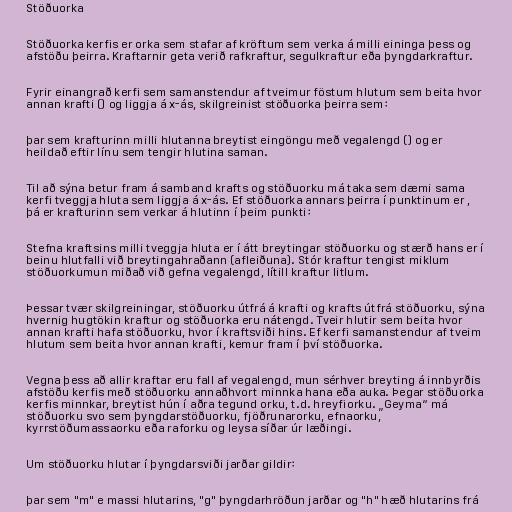
Stöðuorka

Stöðuorka kerfis er orka sem stafar af kröftum sem verka á milli eininga þess og
afstöðu þeirra. Kraftarnir geta verið rafkraftur, segulkraftur eða þyngdarkraftur.

Fyrir einangrað kerfi sem samanstendur af tveimur föstum hlutum sem beita hvor
annan krafti () og liggja á x-ás, skilgreinist stöðuorka þeirra sem:

þar sem krafturinn milli hlutanna breytist eingöngu með vegalengd () og er
heildað eftir línu sem tengir hlutina saman.

Til að sýna betur fram á samband krafts og stöðuorku má taka sem dæmi sama
kerfi tveggja hluta sem liggja á x-ás. Ef stöðuorka annars þeirra í punktinum er ,
þá er krafturinn sem verkar á hlutinn í þeim punkti:

Stefna kraftsins milli tveggja hluta er í átt breytingar stöðuorku og stærð hans er í
beinu hlutfalli við breytingahraðann (afleiðuna). Stór kraftur tengist miklum
stöðuorkumun miðað við gefna vegalengd, lítill kraftur litlum.

Þessar tvær skilgreiningar, stöðuorku útfrá á krafti og krafts útfrá stöðuorku, sýna
hvernig hugtökin kraftur og stöðuorka eru nátengd. Tveir hlutir sem beita hvor
annan krafti hafa stöðuorku, hvor í kraftsviði hins. Ef kerfi samanstendur af tveim
hlutum sem beita hvor annan krafti, kemur fram í því stöðuorka.

Vegna þess að allir kraftar eru fall af vegalengd, mun sérhver breyting á innbyrðis
afstöðu kerfis með stöðuorku annaðhvort minnka hana eða auka. Þegar stöðuorka
kerfis minnkar, breytist hún í aðra tegund orku, t.d. hreyfiorku. „Geyma“ má
stöðuorku svo sem þyngdarstöðuorku, fjöðrunarorku, efnaorku,
kyrrstöðumassaorku eða raforku og leysa síðar úr læðingi.

Um stöðuorku hlutar í þyngdarsviði jarðar gildir:

þar sem "m" e massi hlutarins, "g" þyngdarhröðun jarðar og "h" hæð hlutarins frá